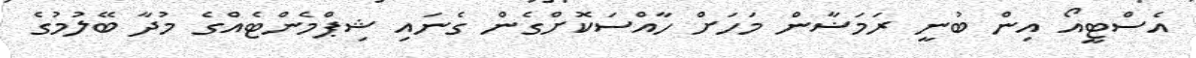
އެސްޓީއޯ އިން ބުނީ ރަމަޟާން މަހަށް ހާއްސަކޮށްގެން ގެނައި ޝިޕްމެންޓެއްގެ މުދާ ބޭލުމުގެ